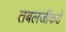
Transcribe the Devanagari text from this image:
तबलजींकडे